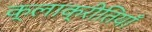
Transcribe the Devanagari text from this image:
क्लाक्रीतियाँ